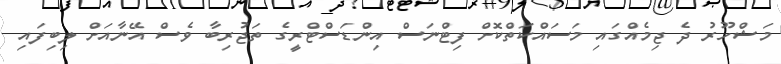
މަޝްހޫރު ދެ ޖިމެއްގައި މަސައްކަތްކޮށް ފިޓްނަސް އިންޑަސްޓްރީގެ ތަޖުރިބާ ވެސް އޭނާއަށް ލިބިފައި